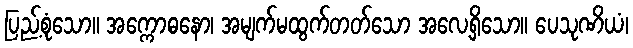
ပြည့်စုံသော။ အက္ကောဓနော၊ အမျက်မထွက်တတ်သော အလေ့ရှိသော။ ပေသုဏိယံ၊